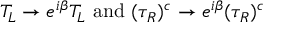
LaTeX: T _ { L } \to e ^ { i \beta } T _ { L } { \mathrm { ~ a n d ~ } } ( \tau _ { R } ) ^ { c } \to e ^ { i \beta } ( \tau _ { R } ) ^ { c }